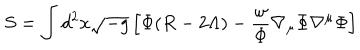
LaTeX: S = \int d ^ { 2 } x \sqrt { - g } \left[ \Phi ( R - 2 \Lambda ) - \frac { \omega } { \Phi } \nabla _ { \mu } \Phi \nabla ^ { \mu } \Phi \right]